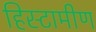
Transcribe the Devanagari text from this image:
हिस्टामीण